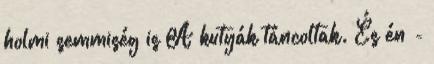
holmi semmiség is A kutyák táncoltak. És én -